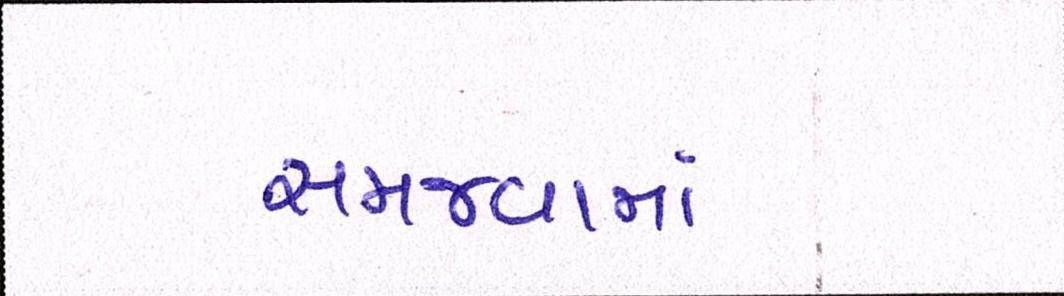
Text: સમજવામાં